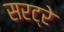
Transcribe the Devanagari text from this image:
सरट्रे